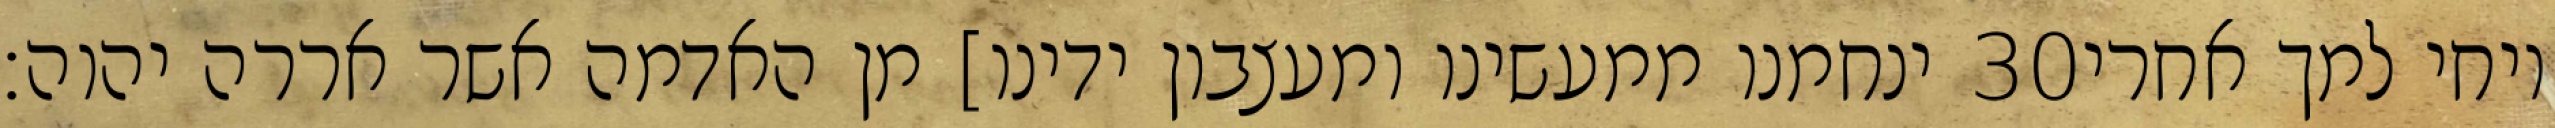
ינחמנו ממעשינו ומעצבון ידינו] מן האדמה אשר אררה יהוה׃ ‎30‏ ויחי למך אחרי